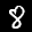
Label: 8